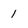
Character: 1